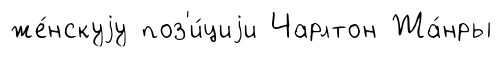
же́нскуjу поз'и́циjи Чарлтон Жа́нры